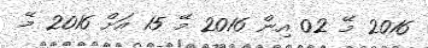
2016 މޭ 02 އިން 2016 މޭ 15 އަށް 2016 މޭ